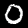
Label: 0